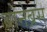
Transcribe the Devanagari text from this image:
बोनेब्रस